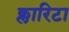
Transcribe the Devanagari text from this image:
क्लारिटा